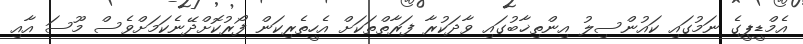
އެމްޑީޕީގެ ނަމުގައި ކައުންސިލު އިންތިޚާބުގައި ވާދަކުރާ ފަރާތްތަކަށް އެހީތެރިކަން ފޯރުކޮށްްދޭނެކަމަށްވެސް މޫސަ އާއި